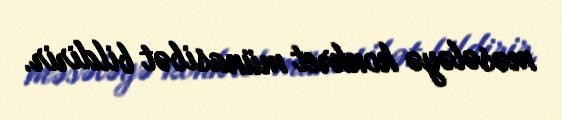
məsələyə konkret münasibət bildirir.